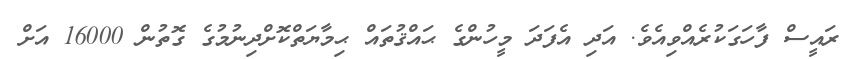
ރައީސް ފާހަގަކުރެއްވިއެވެ. އަދި އެފަދަ މީހުންގެ ޙައްޤުތައް ޙިމާޔަތްކޮށްދިނުމުގެ ގޮތުން 16000 އަށް